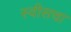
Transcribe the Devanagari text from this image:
स्वीसचा